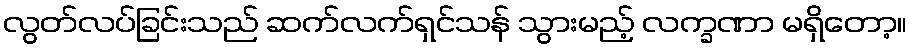
လွတ်လပ်ခြင်းသည် ဆက်လက်ရှင်သန် သွားမည့် လက္ခဏာ မရှိတော့။